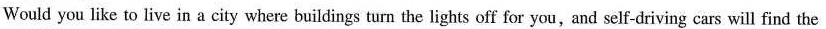
Would you like to live in a city where buildings turn the lights off for you,and self-driving cars will find the